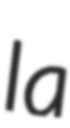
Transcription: la